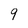
Character: 9